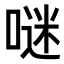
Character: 𠺗